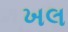
ખલ